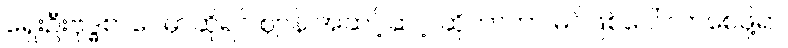
ရှေးဦးဗုဒ္ဓစာပေမှာဆိုရင် ဈာန် အဆင့်ဆင့် ဆိုတာဟာ မဂ်ဖြစ်ပေါ် လာစေဖို့ရာ